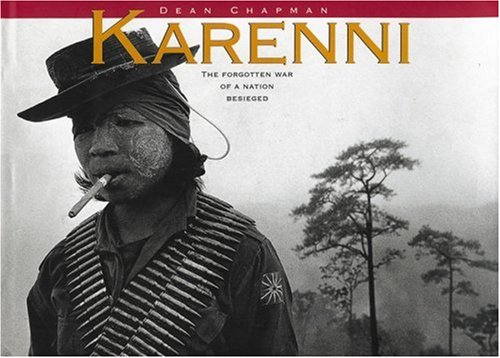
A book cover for Karenni: The Forgotten War of a Nation Under Siege; Dean Chapman; Travel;